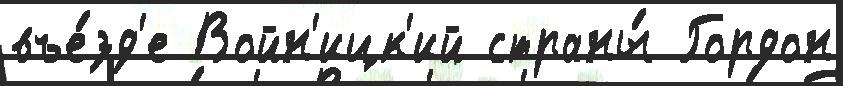
въе́зд'е Войн'ицк'ий страны́ Гордон